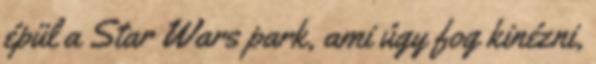
épül a Star Wars park, ami úgy fog kinézni,